Voru_kinnistusamet, lk 24
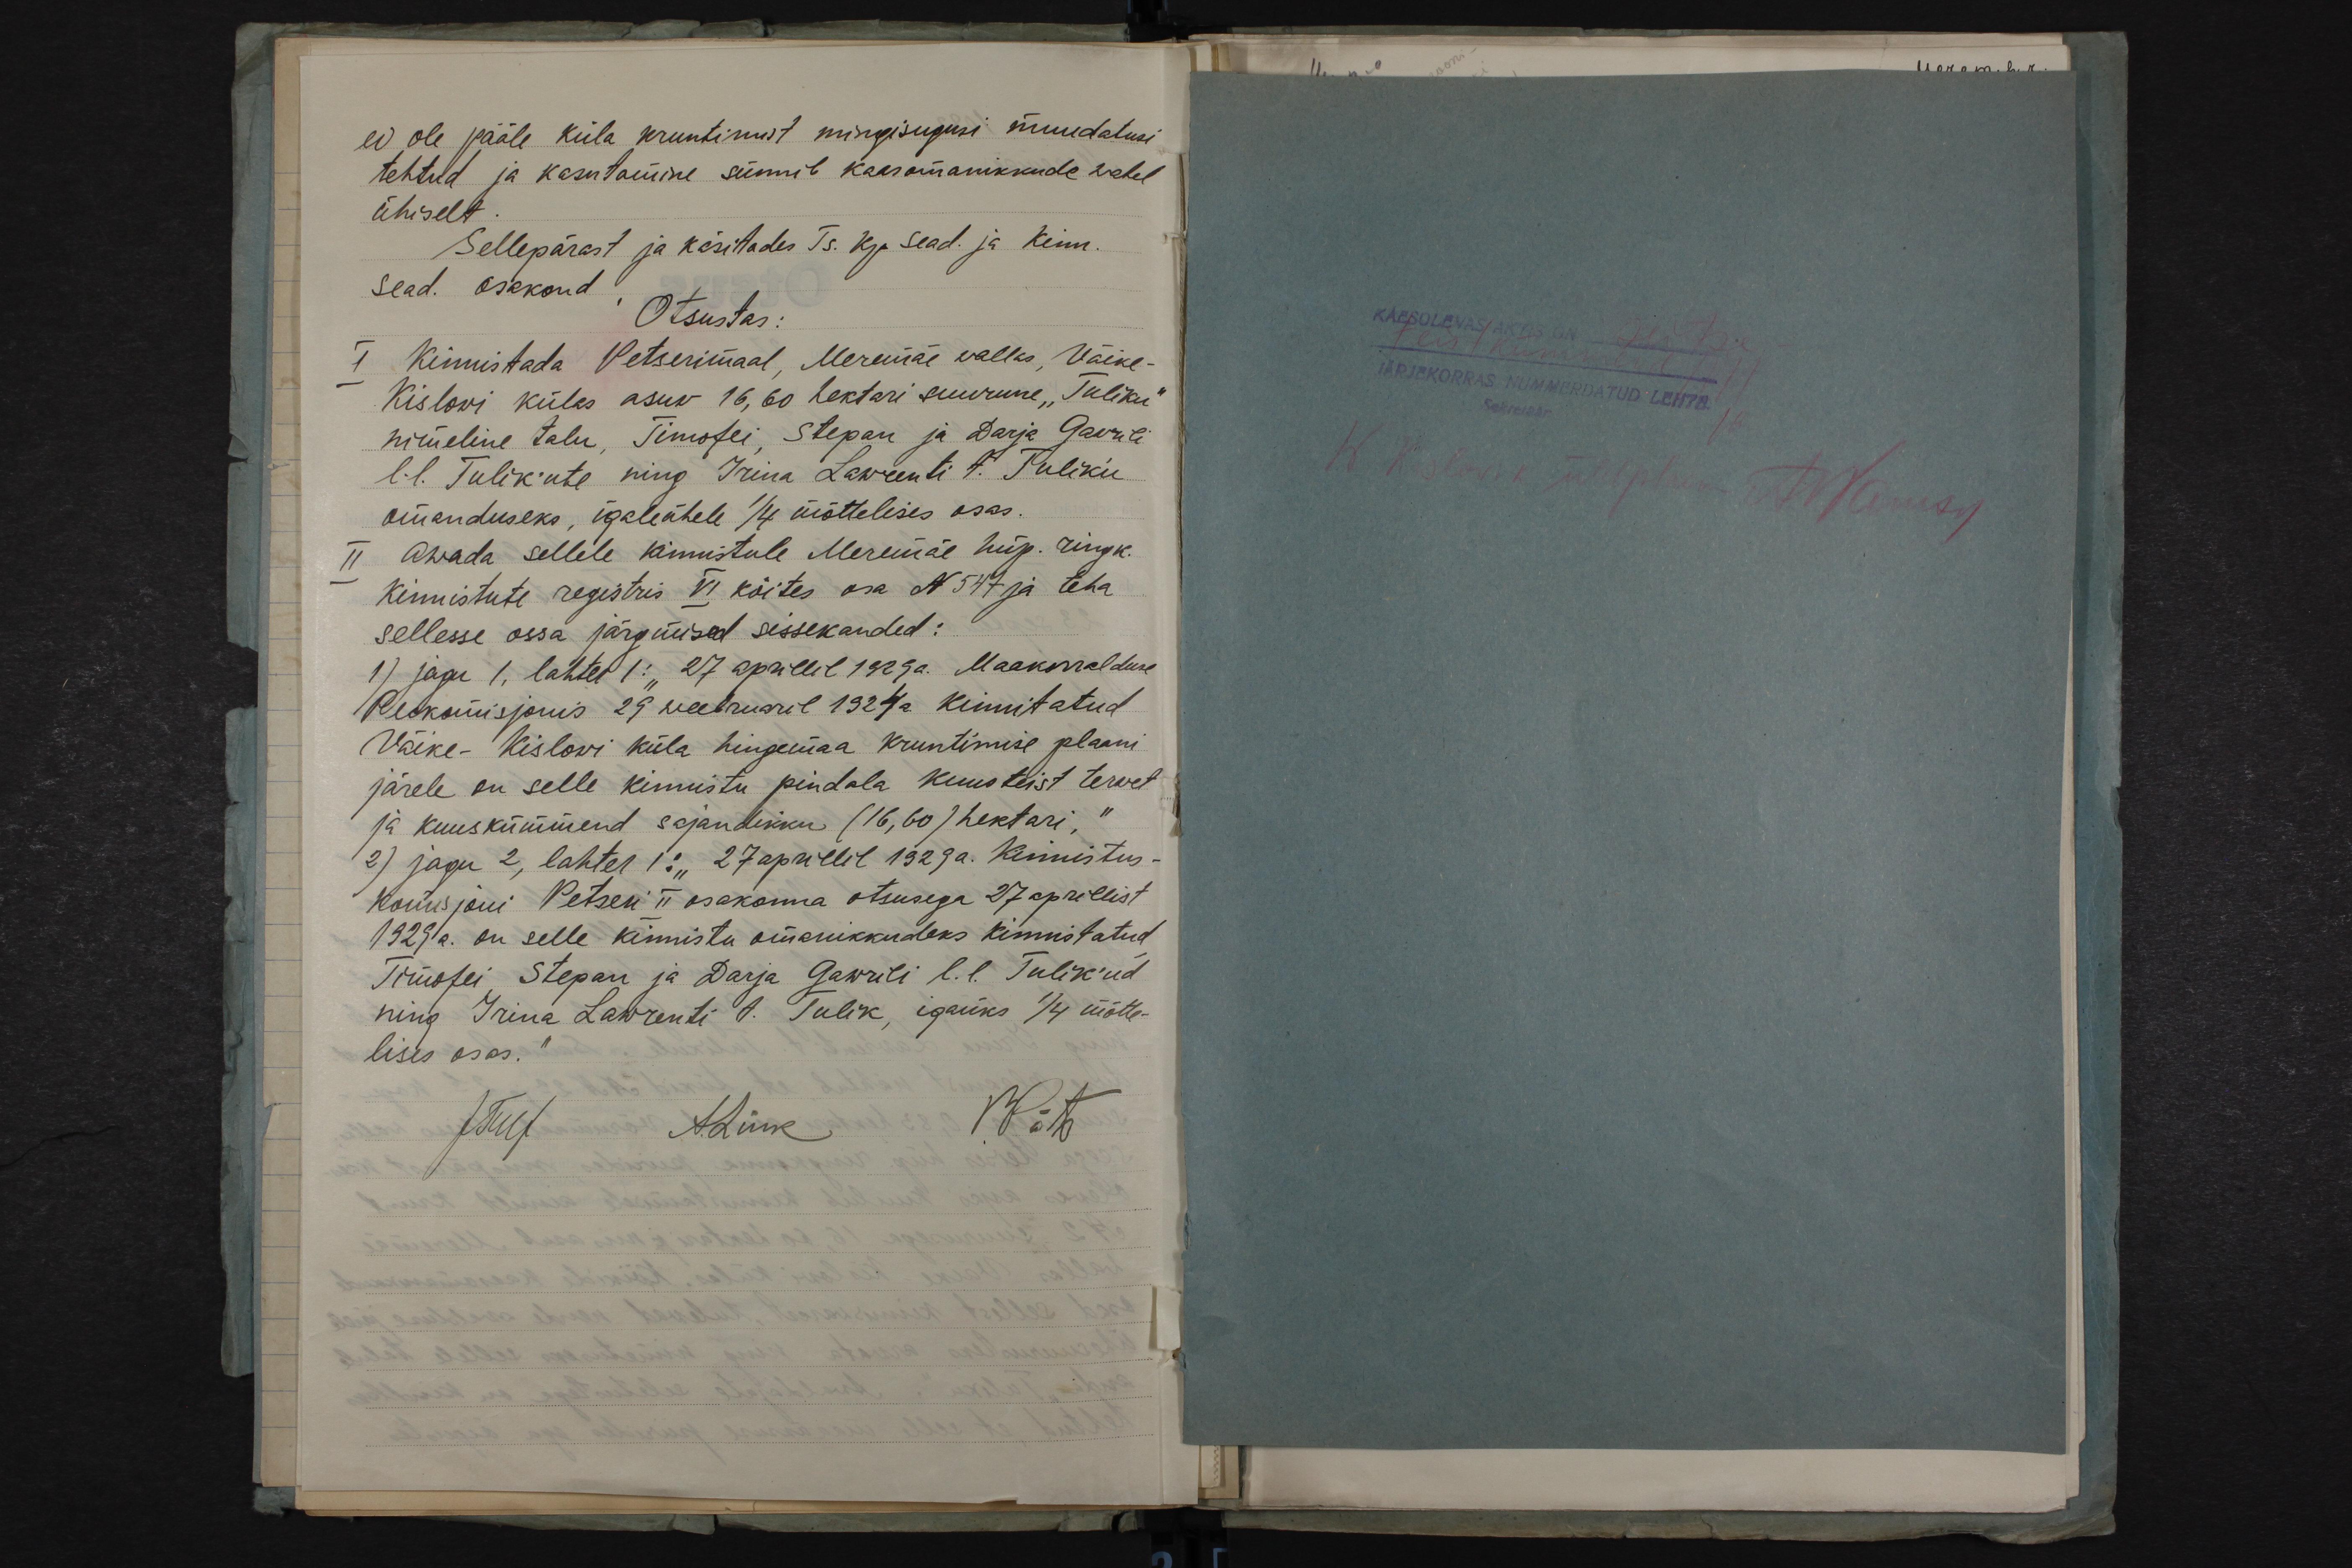
ei ole pääle küla kruntimist mingisugusi muudatusi
tehtud ja kasutamine sünnib kaasomanikkude wahel
ühiselt.
Sellepärast ja käsitades Ts. kp. sead. ja Kinn.
sead. osakond
Otsustas:
I Kinnistada Petserimaal, Meremäe wallas, Väike-
Kislowi külas asuw 16,60 hektari suurune "Tuliku"
nimeline talu, Timofei, Stepan ja Darja Gawrili
l.l. Tulik'ute ning Irina Lawrenti t. Tulik´u
omanduseks, igaleühele 1/4 mõttelises osas.
II Awada sellele kinnistule Meremäe hüp. ringk.
Kinnistute registris VI köites osa N 547 ja teha
sellesse ossa järgmised sissekanded:
1) jagu 1, lahter 1: "27 aprillil 1929a. Maakorralduse
Peakomisjonis 29 weebruaril 1924a. kinnitatud
Väike-Kislowi küla hingemaa kruntimise plaani
järele on selle kinnistu pindala kuusteist terwet
ja kuuskümmend sajandikku (16,60) hektari, "
2) jagu 2, lahter 1: "27 aprillil 1929a. Kinnistus-
komisjoni Petseri II osakonna otsusega 27 aprillist
1929a. on selle kinnistu omanikkudeks kinnistatud
Timofei, Stepan ja Darja Gawrili l. l. Tulik´ud
ning Irina Lawrenti t. Tulik, igaüks 1/4 mõtte-
lises osas.“
JTulf A.Link
P.Pärt

KÄESOLEVAS AKTIS ON seitse-
teistkümmend
JÄRJEKORRAS NUMMERDATUD LEHTE
Sekrtäär